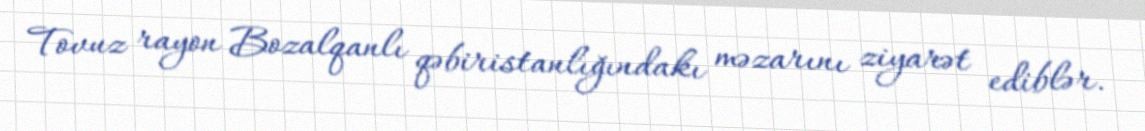
Tovuz rayon Bozalqanlı qəbiristanlığındakı məzarını ziyarət ediblər.